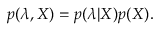
p ( \boldsymbol { \lambda } , X ) = p ( \boldsymbol { \lambda } | X ) p ( X ) .